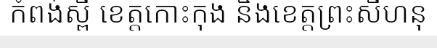
កំពង់ស្ពឺ ខេត្តកោះកុង និងខេត្តព្រះសីហនុ